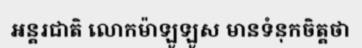
អន្តរជាតិ លោកម៉ាឡូឡូស មានទំនុកចិត្តថា